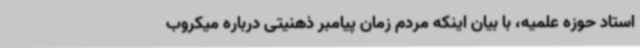
استاد حوزه علمیه، با بیان اینکه مردم زمان پیامبر ذهنیتی درباره میکروب